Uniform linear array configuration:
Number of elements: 64
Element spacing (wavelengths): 0.75
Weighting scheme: uniform
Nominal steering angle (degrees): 0
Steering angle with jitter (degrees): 1.037
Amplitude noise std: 0.05
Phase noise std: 0.05

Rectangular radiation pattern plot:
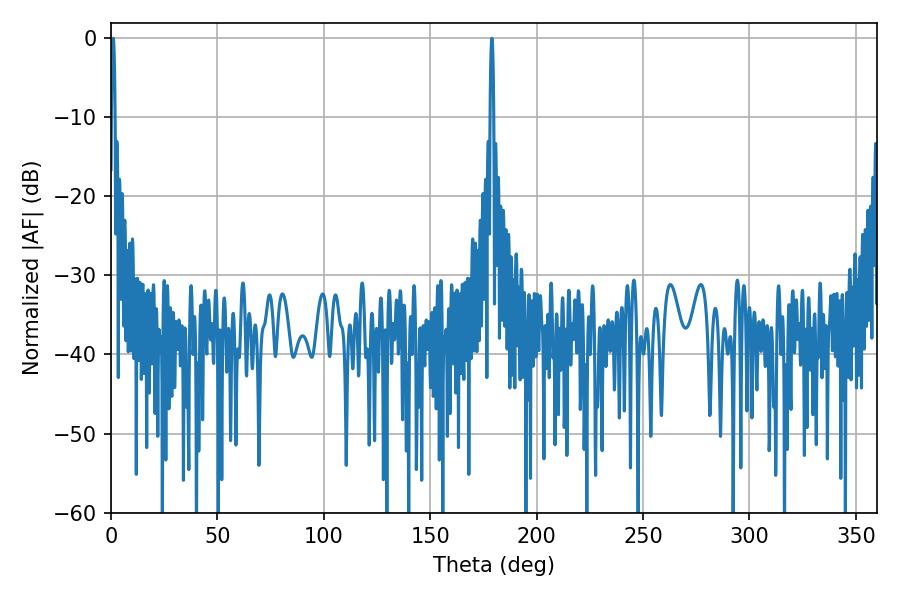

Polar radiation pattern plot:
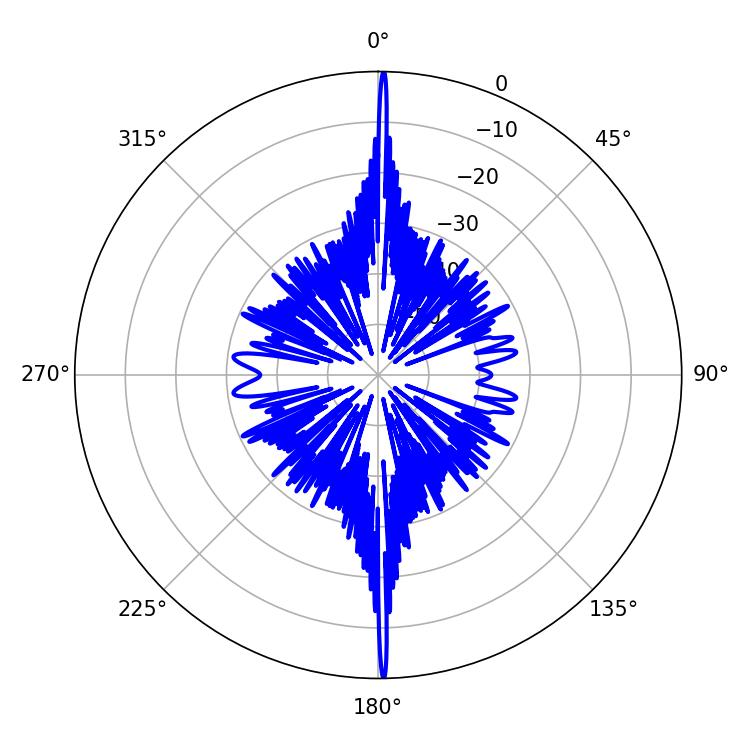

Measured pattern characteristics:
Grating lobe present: TRUE
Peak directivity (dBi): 34.591
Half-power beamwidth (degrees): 0.9
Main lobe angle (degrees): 178.92